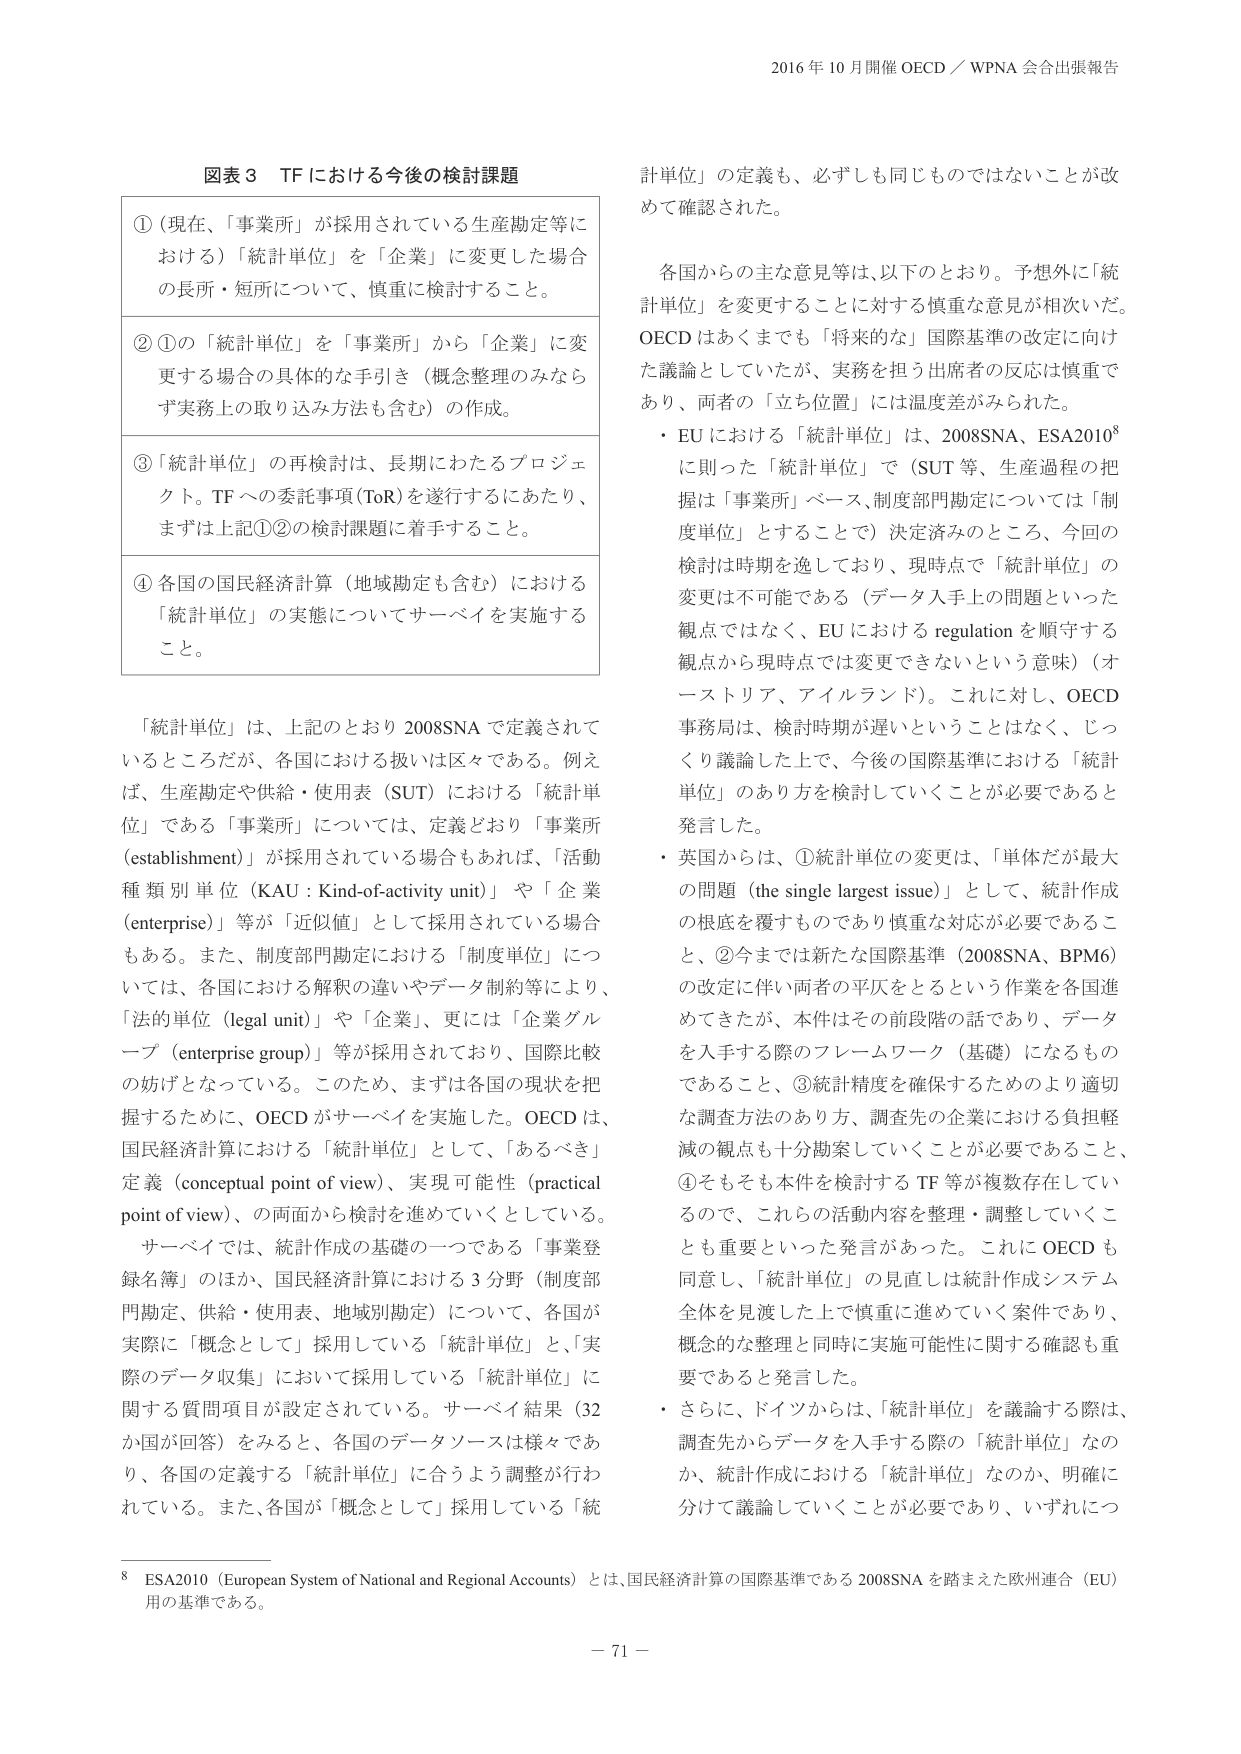
2016 年 10 月開催 OECD／WPNA 会合出張報告

図表 3 TF における今後の検討課題

①（現在、「事業所」が採用されている生産勘定等における）「統計単位」を「企業」に変更した場合の長所・短所について、慎重に検討すること。

②①の「統計単位」を「事業所」から「企業」に変更する場合の具体的な手引き（概念整理のみならず実務上の取り込み方法も含む）の作成。

③「統計単位」の再検討は、長期にわたるプロジェクト。TF への委託事項（ToR）を遂行するにあたり、まずは上記①②の検討課題に着手すること。

④各国の国民経済計算（地域勘定も含む）における「統計単位」の実態についてサーベイを実施すること。

「統計単位」は、上記のとおり 2008SNA で定義されているところだが、各国における扱いは区々である。例えば、生産勘定や供給・使用表（SUT）における「統計単位」である「事業所」については、定義どおり「事業所（establishment）」が採用されている場合もあれば、「活動種類別単位（KAU：Kind-of-activity unit）」や「企業（enterprise）」等が「近似値」として採用されている場合もある。また、制度部門勘定における「制度単位」については、各国における解釈の違いやデータ制約等により、「法的単位（legal unit）」や「企業」、更には「企業グループ（enterprise group）」等が採用されており、国際比較の妨げとなっている。このため、まずは各国の現状を把握するために、OECD がサーベイを実施した。OECD は、国民経済計算における「統計単位」として、「あるべき」定義（conceptual point of view）、実現可能性（practical point of view）、の両面から検討を進めていくとしている。

サーベイでは、統計作成の基礎の一つである「事業登録名簿」のほか、国民経済計算における 3 分野（制度部門勘定、供給・使用表、地域別勘定）について、各国が実際に「概念として」採用している「統計単位」と、「実際のデータ収集」において採用している「統計単位」に関する質問項目が設定されている。サーベイ結果（32か国が回答）をみると、各国のデータソースは様々であり、各国の定義する「統計単位」に合うよう調整が行われている。また、各国が「概念として」採用している「統

計単位」の定義も、必ずしも同じものではないことが改めて確認された。

各国からの主な意見等は、以下のとおり。予想外に「統計単位」を変更することに対する慎重な意見が相次いだ。OECD はあくまでも「将来的な」国際基準の改定に向けた議論としていたが、実務を担う出席者の反応は慎重であり、両者の「立ち位置」には温度差がみられた。

・ EU における「統計単位」は、2008SNA、ESA2010⁸に則った「統計単位」で（SUT 等、生産過程の把握は「事業所」ベース、制度部門勘定については「制度単位」とすることで）決定済みのところ、今回の検討は時期を逸しており、現時点で「統計単位」の変更は不可能である（データ入手上の問題といった観点ではなく、EU における regulation を順守する観点から現時点では変更できないという意味）（オーストリア、アイルランド）。これに対し、OECD 事務局は、検討時期が遅いということはなく、じっくり議論した上で、今後の国際基準における「統計単位」のあり方を検討していくことが必要であると発言した。

・ 英国からは、①統計単位の変更は、「単体だが最大の問題（the single largest issue）」として、統計作成の根底を覆すものであり慎重な対応が必要であること、②今までは新たな国際基準（2008SNA、BPM6）の改定に伴い両者の平仄をとるという作業を各国進めてきたが、本件はその前段階の話であり、データを入手する際のフレームワーク（基礎）になるものであること、③統計精度を確保するためのより適切な調査方法のあり方、調査先の企業における負担軽減の観点も十分勘案していくことが必要であること、④そもそも本件を検討する TF 等が複数存在しているので、これらの活動内容を整理・調整していくことも重要といった発言があった。これに OECD も同意し、「統計単位」の見直しは統計作成システム全体を見渡した上で慎重に進めていく案件であり、概念的な整理と同時に実施可能性に関する確認も重要であると発言した。

・ さらに、ドイツからは、「統計単位」を議論する際は、調査先からデータを入手する際の「統計単位」なのか、統計作成における「統計単位」なのか、明確に分けて議論していくことが必要であり、いずれにつ

⁸ ESA2010（European System of National and Regional Accounts）とは、国民経済計算の国際基準である 2008SNA を踏まえた欧州連合（EU）用の基準である。

－ 71 －